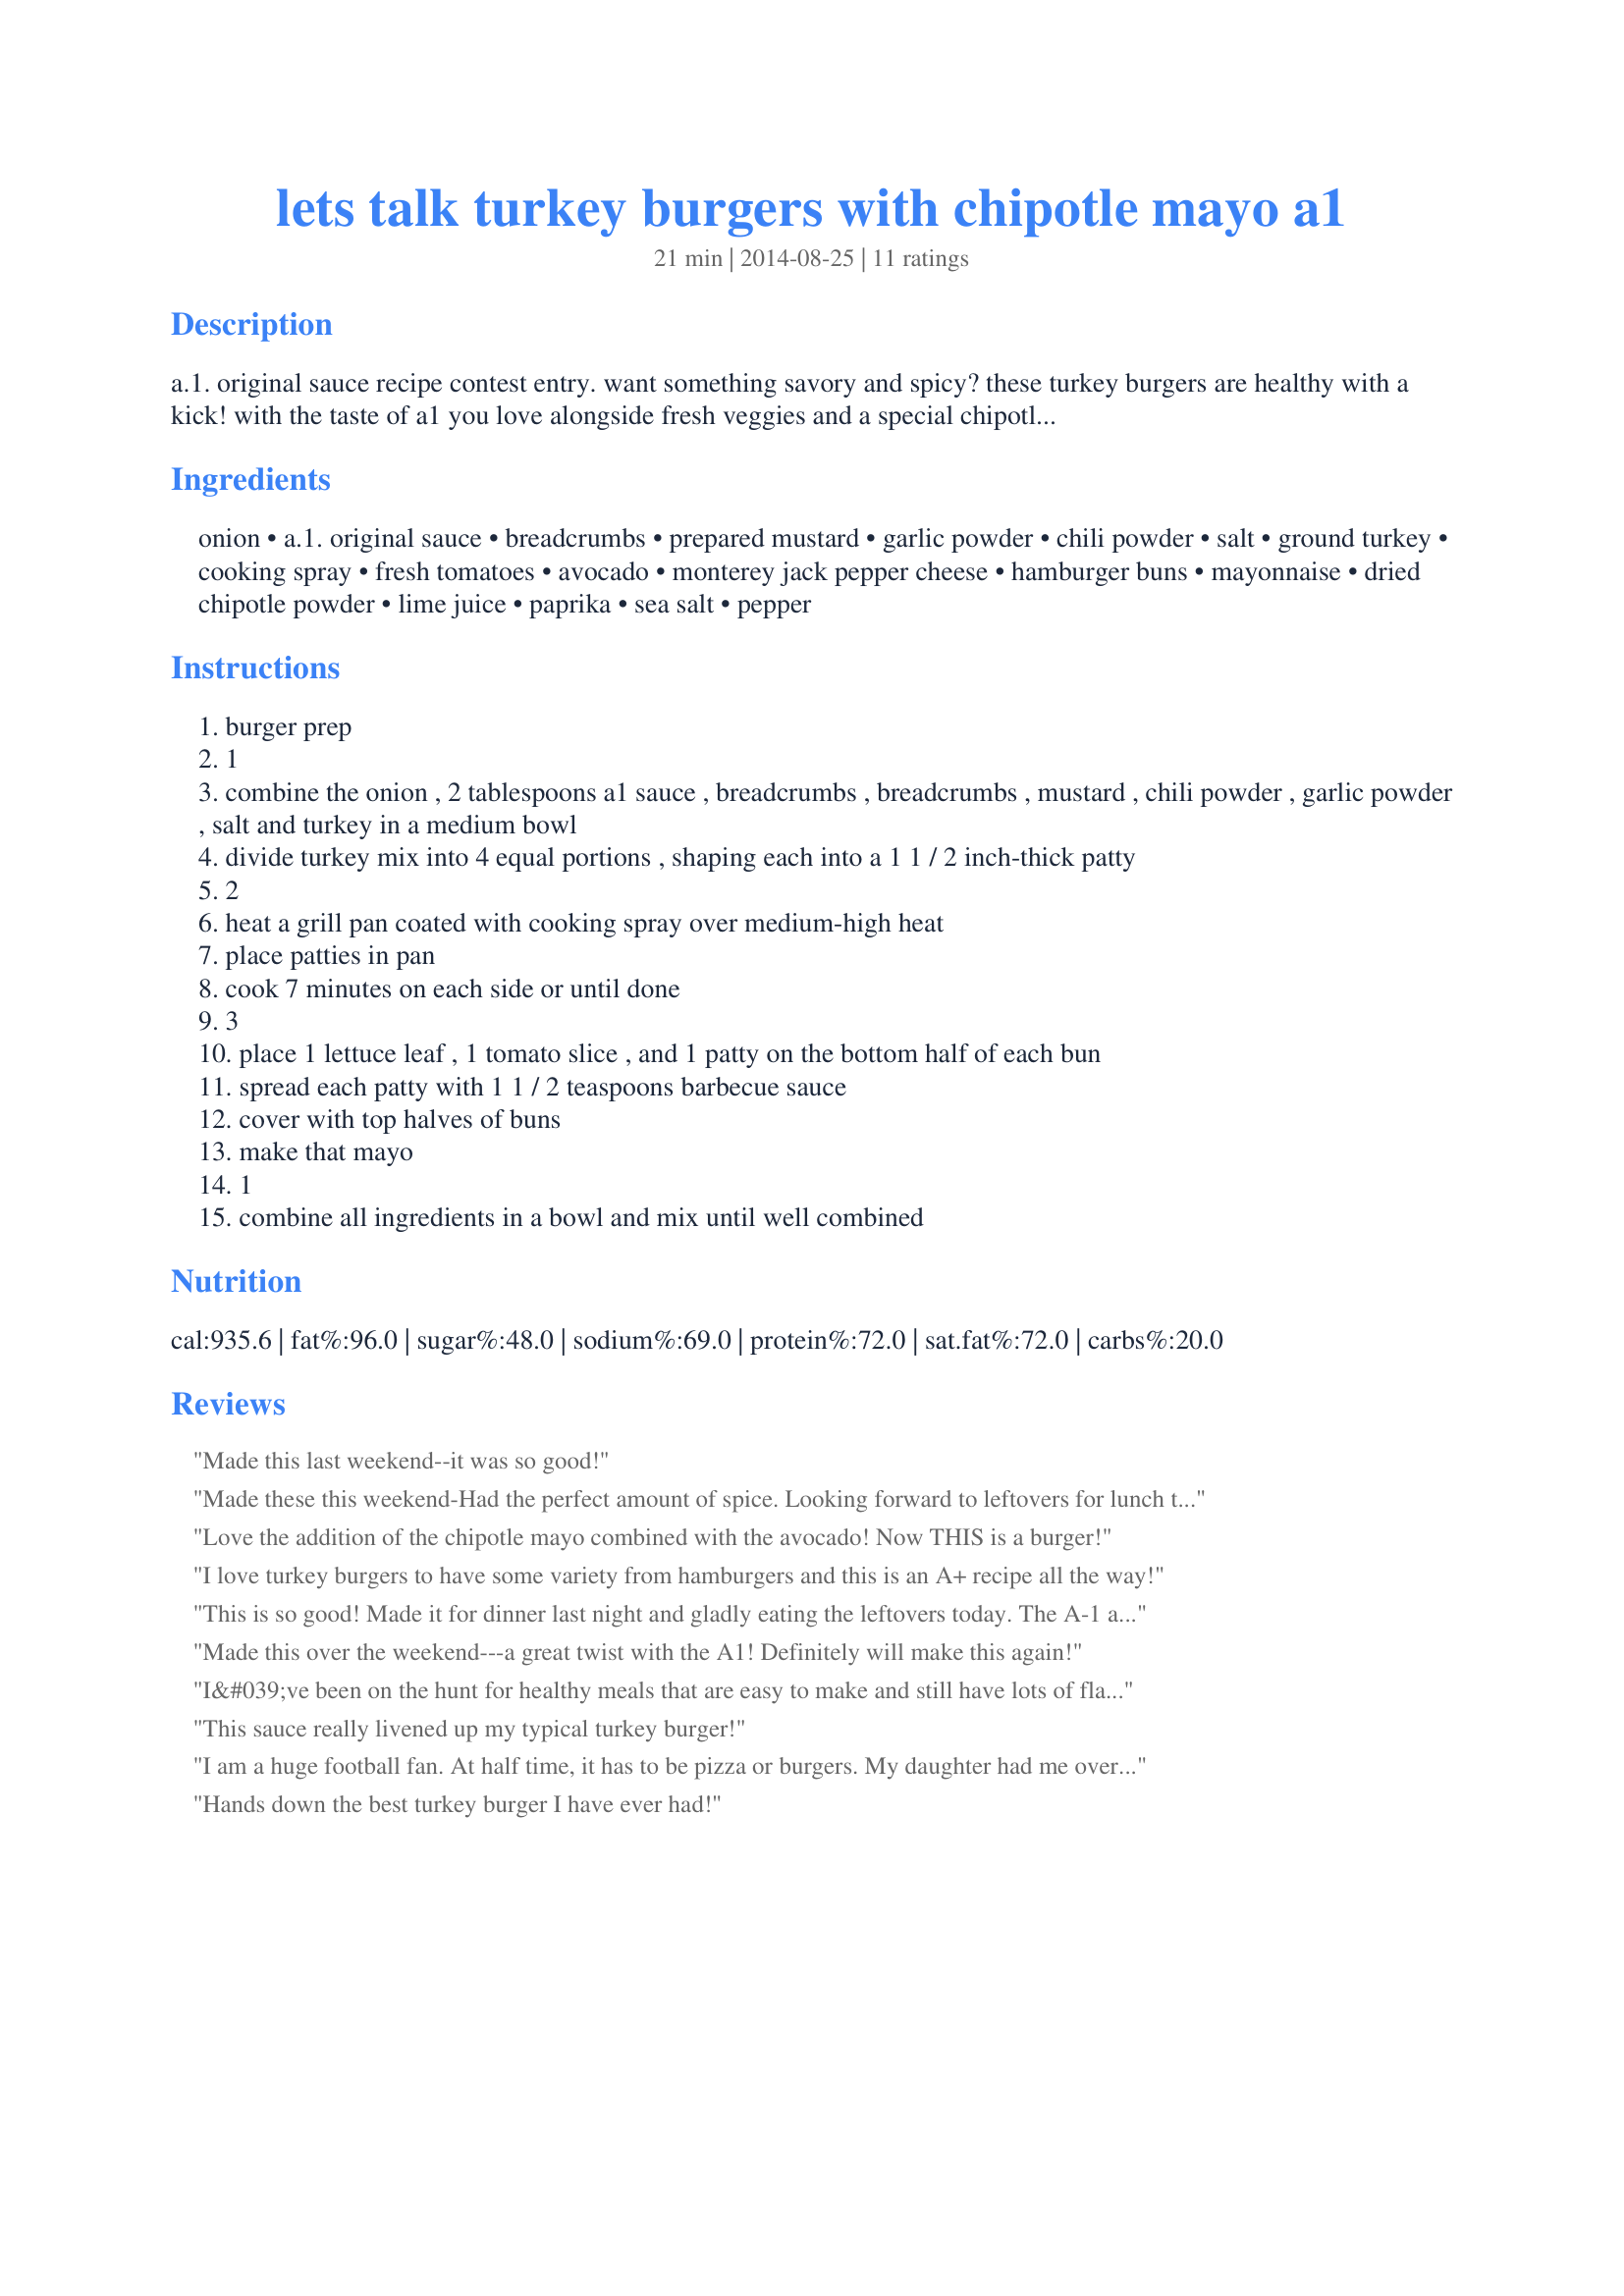
lets talk turkey burgers with chipotle mayo a1
Preparation time: 21 minutes

a.1. original sauce recipe contest entry. want something savory and spicy? these turkey burgers are healthy with a kick! with the taste of a1 you love alongside fresh veggies and a special chipotle mayo, four burgers won't be enough.

Ingredients:
onion, a.1. original sauce, breadcrumbs, prepared mustard, garlic powder, chili powder, salt, ground turkey, cooking spray, fresh tomatoes, avocado, monterey jack pepper cheese, hamburger buns, mayonnaise, dried chipotle powder, lime juice, paprika, sea salt, pepper

Steps:
burger prep
1
combine the onion , 2 tablespoons a1 sauce , breadcrumbs , breadcrumbs , mustard , chili powder , garlic powder , salt and turkey in a medium bowl
divide turkey mix into 4 equal portions , shaping each into a 1 1 / 2 inch-thick patty
2
heat a grill pan coated with cooking spray over medium-high heat
place patties in pan
cook 7 minutes on each side or until done
3
place 1 lettuce leaf , 1 tomato slice , and 1 patty on the bottom half of each bun
spread each patty with 1 1 / 2 teaspoons barbecue sauce
cover with top halves of buns
make that mayo
1
combine all ingredients in a bowl and mix until well combined

Reviews:
Made this last weekend--it was so good!
Made these this weekend-Had the perfect amount of spice. Looking forward to leftovers for lunch today!
Love the addition of the chipotle mayo combined with the avocado! Now THIS is a burger!
I love turkey burgers to have some variety from hamburgers and this is an A+ recipe all the way!
This is so good! Made it for dinner last night and gladly eating the leftovers today. The A-1 adds a nice spice that isn&#039;t overwhelming. Definitely will be going into my regular dinner rotation.
Made this over the weekend---a great twist with the A1! Definitely will make this again!
I&#039;ve been on the hunt for healthy meals that are easy to make and still have lots of flavor. This one hit the spot!
This sauce really livened up my typical turkey burger!
I am a huge football fan. At half time, it has to be pizza or burgers. My daughter had me over to watch a game and she served these turkey burgers instead of the &quot;traditionals&quot;. &lt;br/&gt;&lt;br/&gt;I have to say, they were awesome. I had two of them. The chipotle mayonnaise was great. Turkey burgers will also likely make my doctor happier than the red meat variety as well! &lt;br/&gt;Great half time repast!
Hands down the best turkey burger I have ever had!
This was awesome! My daughter who is very picky for a nine year old really loved it! Move over plain hamburger - Turkey Burgers rock !
